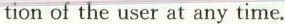
tion of the user at any time.